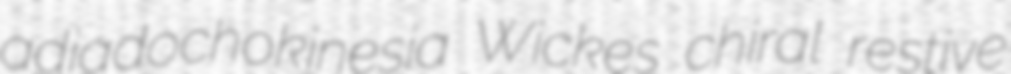
adiadochokinesia Wickes chiral restive